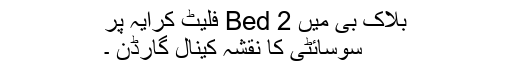
بلاک بی میں 2 Bed فلیٹ کرایہ پر
سوسائٹی کا نقشہ کینال گارڈن ۔